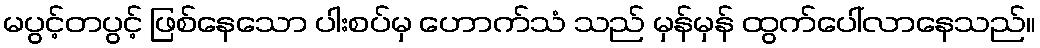
မပွင့်တပွင့် ဖြစ်နေသော ပါးစပ်မှ ဟောက်သံ သည် မှန်မှန် ထွက်ပေါ်လာနေသည်။